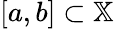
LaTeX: [a,b]\subset\mathbb{X}